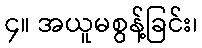
၄။ အယူမစွန့်ခြင်း၊